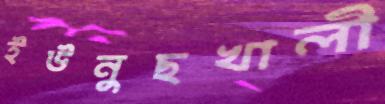
ইউনুছখালী